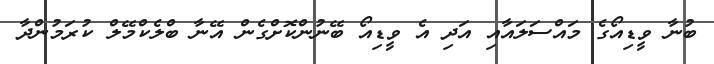
ބުނާ ވީޑިއޯގެ މައްސަލައާއި އަދި އެ ވީޑިއޯ ބޭނުންކޮށްގެން އޭނާ ބްލެކްމޭލް ކުރަމުންދާ